Lunatic asylums Bombay report 1878-1890 - 1878-1890
Year: 1878
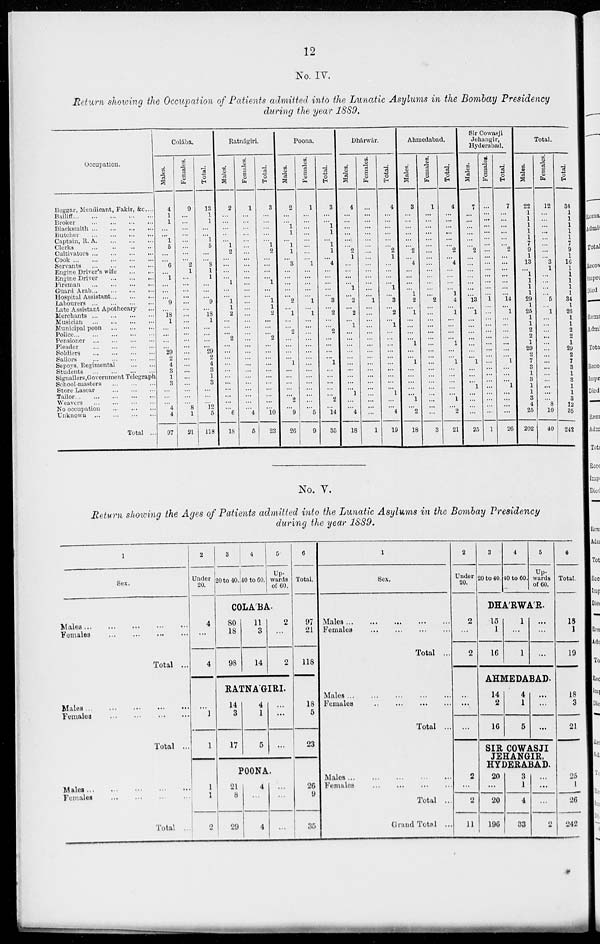
12
No. IV.
Return showing the Occupation of Patients admitted into the Lunatic Asylums in the Bombay Presidency
during the year 1889.
Occupation.
Beggar, Mendicant, Fakir, &c. ...
Bailiff
...
...
...
...
...
Broker
...
...
...
...
Blacksmith
...
...
...
...
Butcher
...
...
...
...
Captain, R.
A.
...
...
...
Clerks
...
...
...
...
Cultivators
...
...
...
...
Cook
...
...
...
...
...
Servants
...
...
...
...
Engine Driver's wife
...
...
Engine Driver
...
...
...
Fireman
...
...
...
...
Guard Arab
...
...
...
Hospital Assistant ... ... ...
Labourers
...
...
...
...
Late Assistant Apothecary ...
Merchants
...
...
...
...
Musician
...
...
...
...
Municipal peon
...
...
...
Police
...
...
...
...
...
Pensioner
...
...
...
...
Pleader
...
...
...
...
Soldiers
...
...
...
...
Sailors
...
...
...
...
Sepoys, Regimental
...
...
Students
...
...
...
...
Signallers,Government Telegraph
School-masters
...
...
...
Store Lascar
...
...
...
Tailor
...
...
...
...
...
Weavers
...
...
...
...
No occupation
...
...
...
Unknown ... ... ... ...
Total ...
Colába.
Males.
4
1
1
...
... 1
5
...
... 6
... 1
...
...
... 9
...
18 1
...
...
...
... 29
2
4
3
1
3
...
...
... 4
4
97
Females.
9
...
...
...
...
...
...
...
... 2 1
...
...
...
...
...
...
...
...
...
...
...
...
...
...
...
...
...
...
...
...
... 8
1
21
Total.
13
1
1
...
... 1
5
...
... 8
1
1
...
...
... 9
...
18 1
...
...
...
... 29
2
4
3
1
3
...
...
... 12
5
118
Ratnágiri.
Males.
2
...
...
...
...
... 1
2
...
...
...
... 1
...
... 1
1
2
...
...
... 2
...
...
...
...
...
...
...
...
...
...
... 6
18
Females.
1
...
...
...
...
...
...
...
...
...
...
...
...
...
...
...
...
...
...
...
...
...
...
...
...
...
...
...
...
...
...
...
... 4
6
Total.
3
...
...
...
...
... 1
2
...
...
...
... 1
...
... 1
1
2
...
...
... 2
...
...
...
...
...
...
...
...
...
...
... 10
23
Poona.
Males.
2
...
... 1
1
... 1
1
... 3
...
...
...
...
... 2
... 1
...
... 2
...
...
...
... 1
...
...
...
...
... 2
... 9
26
Females.
1
...
...
...
...
...
...
...
... 1
...
...
...
...
... 1
... 1
...
...
...
...
...
...
...
...
...
...
...
...
...
...
... 5
9
Total.
3
...
... 1
1
... 1
1
... 4
...
...
...
...
... 3
... 2
...
... 2
...
...
...
... 1
...
...
...
...
... 2
...
14
35
Dhárwár.
Males.
4
...
...
...
...
...
... 2
1
...
...
...
... 1
... 2
... 2
... 1
...
...
...
...
...
...
...
...
...
... 1
...
... 4
18
Females.
...
...
...
...
...
...
...
...
...
...
...
...
...
...
... 1
...
...
...
...
...
...
...
...
...
...
...
...
...
...
...
...
...
...
1
Total.
4
...
...
...
...
...
... 2
1
...
...
...
... 1
... 3
... 2
... 1
...
...
...
...
...
...
...
...
...
... 1
...
... 4
19
Ahmedabad.
Males.
3
...
...
...
...
...
... 2
... 4
...
...
...
... 1
2
... 1
...
...
...
... 1
...
... 1
...
...
...
...
... 1
... 2
18
Females.
1
...
...
...
...
...
...
...
...
...
...
...
...
...
... 2
...
...
...
...
...
...
...
...
...
...
...
...
...
...
...
...
... ...
3
Total.
4
...
...
...
...
...
... 2
... 4
...
...
...
... 1
4
... 1
...
...
...
... 1
...
... 1
...
...
...
...
... 1
... 2
..
Sir Cowasji
Jehangir,
Hyderabad.
Males.
7
...
...
...
...
...
... 2
...
...
...
...
...
...
... 13
... 1
...
...
...
...
...
...
... 1
...
...
... 1
...
...
...
...
25
Females.
...
...
...
...
...
...
...
...
...
...
...
...
...
...
... 1
...
...
...
...
...
...
...
...
...
...
...
...
...
...
...
...
...
...
1
Total.
7
...
...
...
...
...
... 2
...
...
...
...
...
...
...
14
... 1
...
...
...
...
...
...
... 1
...
...
... 1
...
...
...
...
26
Total.
Males.
22
1
1
1
1
1
7
9
1
13
...
1
1
1
1
29
1
25
1
1
2
2
1
29
2
7
3
1
3
1
1
3
4
25
202
Females.
12
...
...
...
...
...
...
...
... 3
1
...
...
...
... 5
... 1
...
...
...
...
...
...
...
...
...
...
...
...
...
... 8
10
40
Total.
34
1
1
1
1
1
7
9
1
16
1
1
1
1
1
34
1
26
1
1
2
2
1
29 2
7
3
1
3
1
1
3
12
35
242
No. V.
Return showing the Ages of Patients admitted into the Lunatic Asylums in the Bombay Presidency
during the year 1889.
1
Sex.
Males
...
...
...
...
...
Females
...
...
...
...
Total ...
Males
...
...
...
...
...
Females
...
...
...
...
Total ...
Males ... ... ... ... ...
Females ... ... ... ...
Total ...
2
Under
20.
4
...
4
...
1
1
1
1
2
3
20 to 40.
4
40 to 60.
5
Up-
wards
of 60.
COLA'BA.
80
18
98
11
3
14
2
...
2
RATNAGIRI.
14
3
17
4
1
5
...
...
...
POONA.
21
8
29
4
...
4
...
...
...
6
Total.
97
21
118
18
5
23
26
9
35
1
Sex.
Males
...
...
...
...
...
Females
...
...
...
...
Total ...
Males
...
...
...
...
...
Females
...
...
...
...
...
Total
...
Males ... ... ... ... ...
Females
...
...
...
...
Total ...
Grand Total ...
2
Under
20.
2
...
2
...
...
...
2
...
2
11
3
20 to 40.
4
40 to 60.
5
Up-
wards
of 60.
DHA'RWA'R.
15
1
16
1
...
1
...
...
...
AHMEDABAD.
14
2
16
4
1
5
...
...
...
SIR COWASJI
JEHANGIR,
HYDERABAD.
20
...
20
196
3
1
4
33
...
...
...
2
6
Total.
18
1
19
18
3
21
25
1
26
242